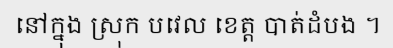
នៅក្នុង ស្រុក បវេល ខេត្ត បាត់ដំបង ។